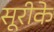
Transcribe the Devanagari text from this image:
सूरीके